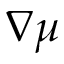
\boldsymbol \nabla \mu